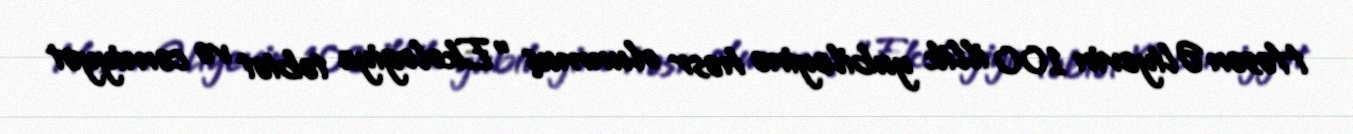
Həsən Əliyevin 100 illik yubileyinə həsr olunmuş "Ekologiya təbiət və cəmiyyət